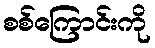
စစ်ကြောင်းကို